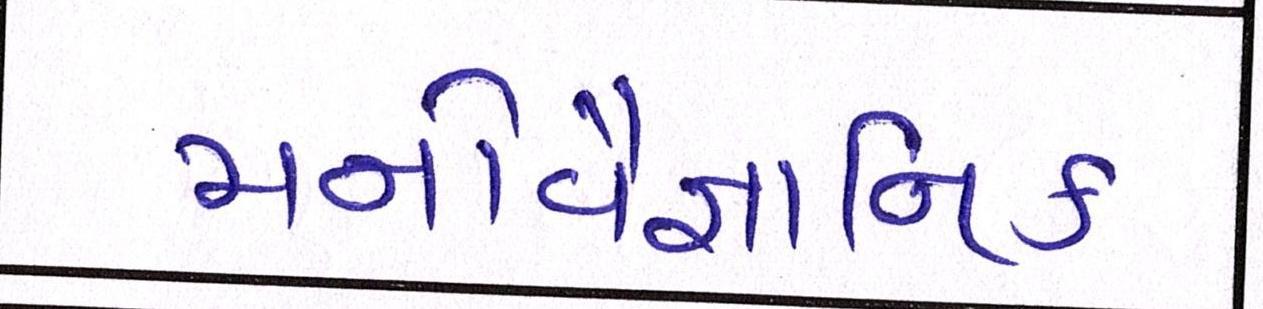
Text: મનોવૈજ્ઞાાનિક